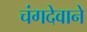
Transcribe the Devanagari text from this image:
चंगदेवाने